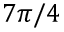
7 \pi / 4